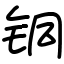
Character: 铜